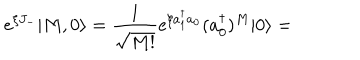
LaTeX: e ^ { \xi J _ { - } } | M , 0 \rangle = { \frac { 1 } { \sqrt { M ! } } } e ^ { \xi a _ { 1 } ^ { \dagger } a _ { 0 } } ( a _ { 0 } ^ { \dagger } ) ^ { M } | 0 \rangle =